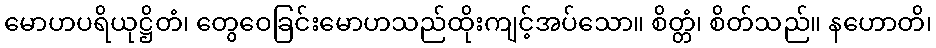
မောဟပရိယုဋ္ဌိတံ၊ တွေဝေခြင်းမောဟသည်ထိုးကျင့်အပ်သော။ စိတ္တံ၊ စိတ်သည်။ နဟောတိ၊